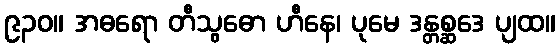
၉၃၀။ အဓရော တီသွဓော ဟီနေ၊ ပုမေ ဒန္တစ္ဆဒေ ပျထ။